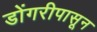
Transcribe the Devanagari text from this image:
डोंगरीपासून